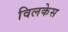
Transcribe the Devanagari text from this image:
विलकेस